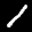
Label: 1